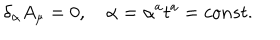
\delta _ { \alpha } A _ { \mu } = 0 , \quad \alpha = \alpha ^ { a } t ^ { a } = c o n s t .